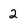
Character: 2